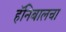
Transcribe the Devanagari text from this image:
हॅनिबालचा